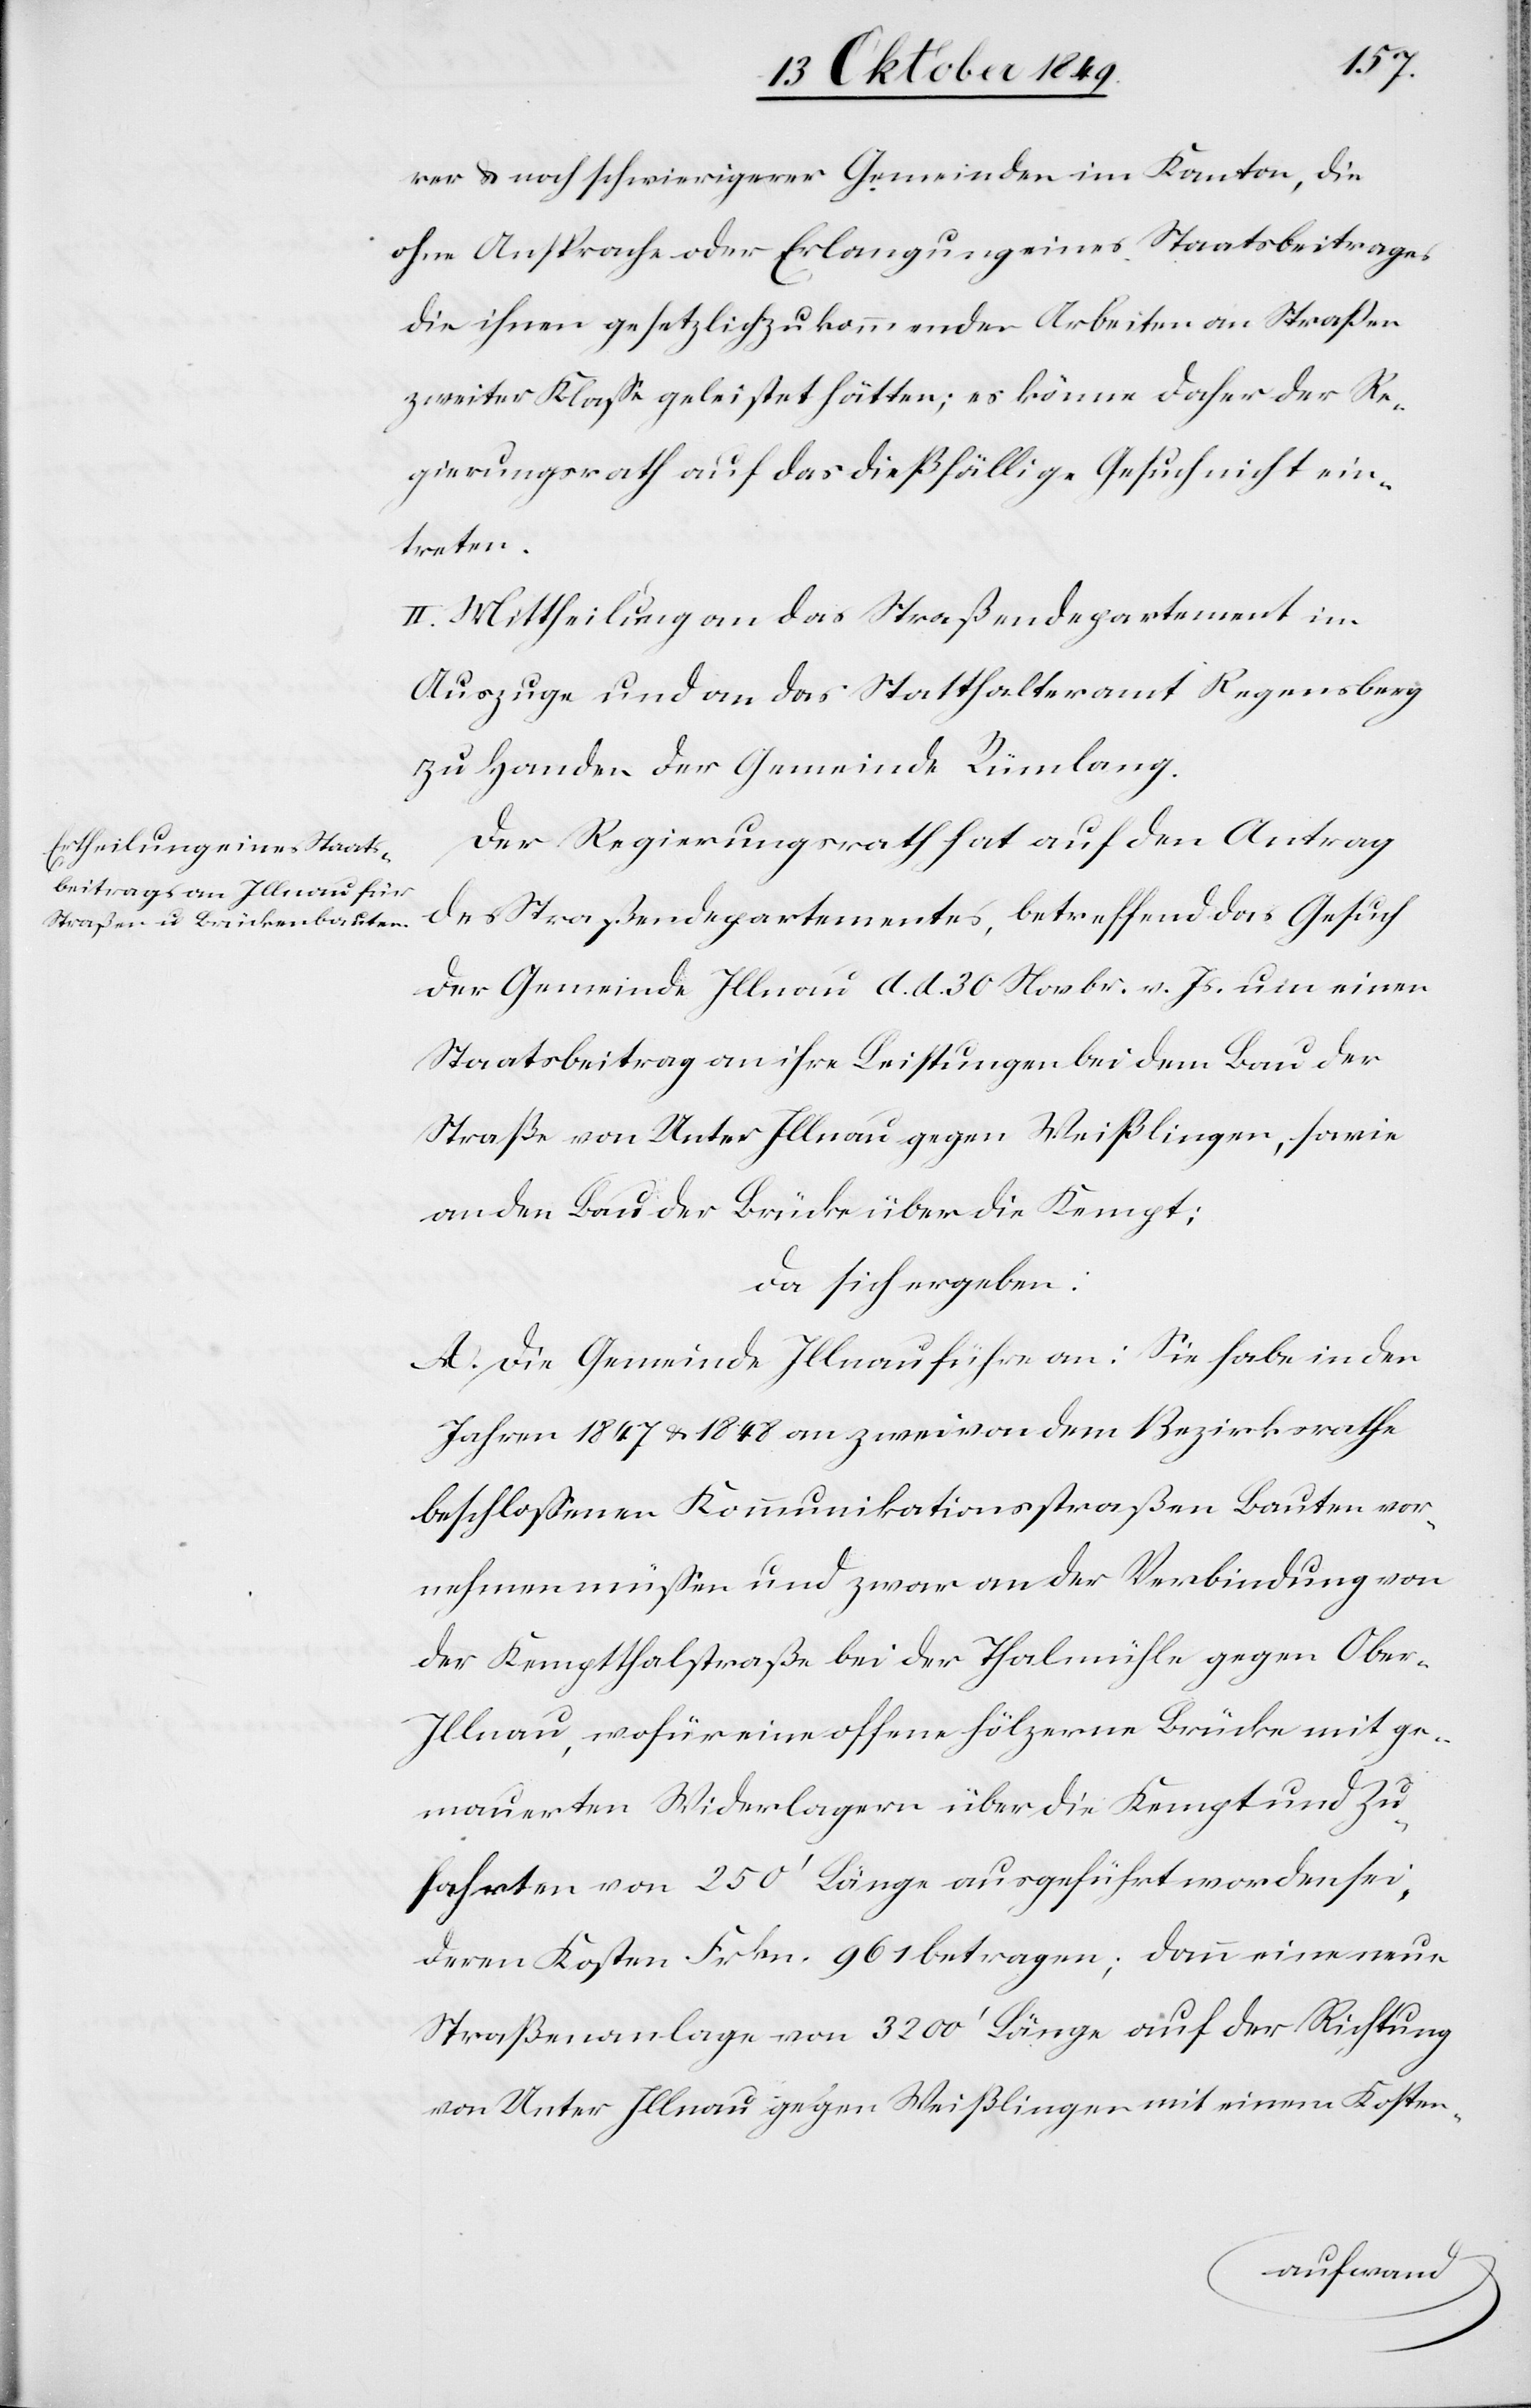
rer u. noch schwierigerer Gemeinden im Kanton, die
ohne Ansprache oder Erlangung eines Staatsbeitrages
die ihnen gesetzlich zukommenden Arbeiten an Straßen
zweiter Klaße geleistet hätten; es könne daher der Re¬
gierungsrath auf das dießfällige Gesuch nicht ein¬
treten.
II. Mittheilung an das Straßendepartement im
Auszuge und an das Statthalteramt Regensberg
zu Handen der Gemeinde Rümlang.
Der Regierungsrath hat auf den Antrag
des Straßendepartementes, betreffend das Gesuch
der Gemeinde Illnau d. d. 30 Novbr. v. Js. um einen
Staatsbeitrag an ihre Leistungen bei dem Bau der
Straße von Unter Illnau gegen Weißlingen, sowie
an den Bau der Brücke über die Kempt;
da sich ergeben:
A. Die Gemeinde Illnau führe an: Sie habe in den
Jahren 1847 u. 1848 an zwei von dem Bezirksrathe
beschloßenen Kommunikationsstraßen Bauten vor¬
nehmen müßen und zwar an der Verbindung von
der Kempthalstraße bei der Thalmühle gegen Ober-I¬
llnau, wofür eine offene hölzerne Brücke mit ge¬
mauerten Widerlagen über das Kempt und Zu¬
fahrten von 250’ Länge ausgeführt worden sei,
deren Kosten Frkn. 961 betragen; dann eine neue
Straßenanlage von 3200’ Länge auf der Richtung
von Unter Illnau gegen Weißlingen mit einem Kosten-